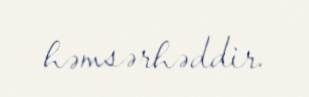
həmsərhəddir.